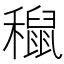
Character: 𥣅